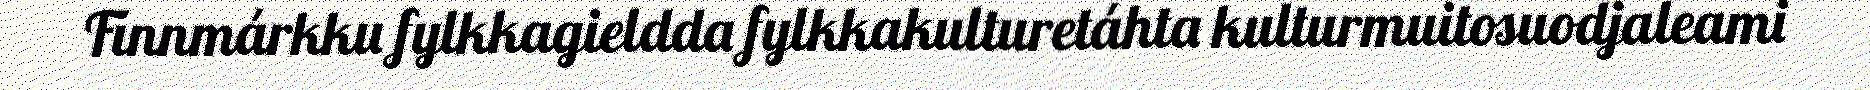
Finnmárkku fylkkagieldda fylkkakulturetáhta kulturmuitosuodjaleami